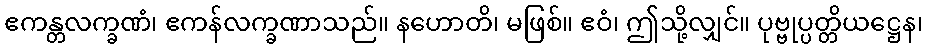
ဧကန္တလက္ခဏံ၊ ဧကန်လက္ခဏာသည်။ နဟောတိ၊ မဖြစ်။ ဧဝံ၊ ဤသို့လျှင်။ ပုဗ္ဗုပ္ပတ္တိယဋ္ဌေန၊